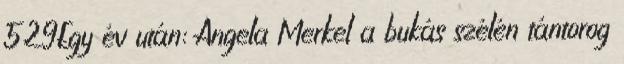
529Egy év után: Angela Merkel a bukás szélén tántorog